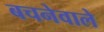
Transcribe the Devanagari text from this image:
बचनेवाले